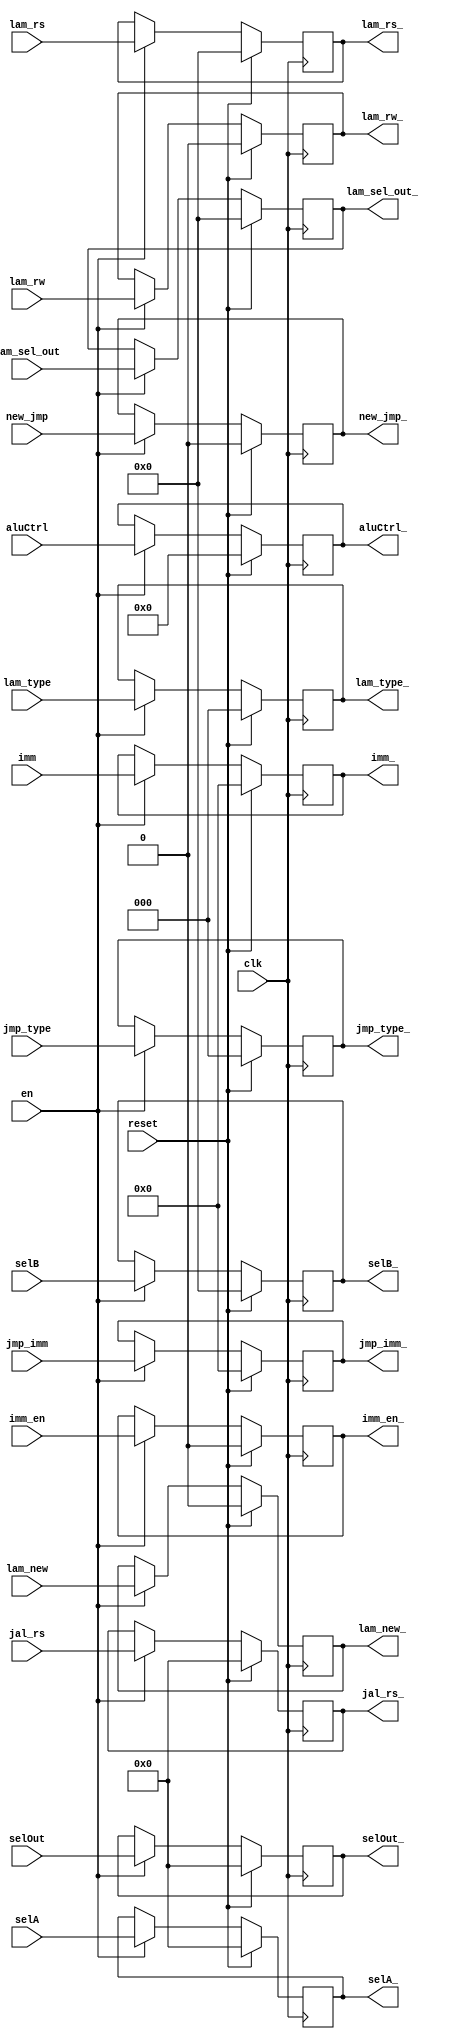
module latchDec(
input wire clk, 
input wire en,
input wire reset,				// reset sincronico con clk
input wire [9:0] aluCtrl,  
input wire [31:0] imm,
input wire [5:0] selA,     
input wire [4:0] selB,
input wire [5:0] selOut,
input wire imm_en,
input wire [2:0] jmp_type,
input wire [31:0] jmp_imm,
input wire new_jmp,
input wire [5:0] jal_rs,
input wire lam_new,
input wire lam_rw,
input wire [2:0] lam_type,
input wire [4:0] lam_rs,
input wire [4:0] lam_sel_out,

output reg [31:0] imm_,
output reg imm_en_,
output reg [9:0] aluCtrl_,
output reg [5:0] selA_,      
output reg [4:0] selB_,
output reg [5:0] selOut_,
output reg [2:0] jmp_type_,
output reg [31:0] jmp_imm_,
output reg new_jmp_,
output reg [5:0] jal_rs_,
output reg lam_new_,
output reg lam_rw_,
output reg [2:0] lam_type_,
output reg [4:0] lam_rs_,
output reg [4:0] lam_sel_out_
);



always @(posedge clk) begin
	if (reset) begin
		imm_ <= 0;
		imm_en_ <= 0; 
		aluCtrl_ <= 0;
		selA_ <= 0;
		selB_ <= 0;
		selOut_ <= 0;
		jmp_type_ <= 0;
		jmp_imm_ <= 0;
		new_jmp_ <= 0;
		jal_rs_ <= 0;
		lam_new_ <= 0;
		lam_rw_ <= 0;
    	lam_type_ <= 0;
    	lam_rs_ <= 0;
    	lam_sel_out_ <= 0;
	end
	else if (en) begin
		imm_ <= imm;
		imm_en_ <= imm_en; 
		aluCtrl_ <= aluCtrl;
		selA_ <= selA;
		selB_ <= selB;
		selOut_ <= selOut;
		jmp_type_ <= jmp_type;
		jmp_imm_ <= jmp_imm;
		new_jmp_ <= new_jmp;
		jal_rs_ <= jal_rs;
		lam_new_ <= lam_new;
		lam_rw_ <= lam_rw;
    	lam_type_ <= lam_type;
    	lam_rs_ <= lam_rs;
    	lam_sel_out_ <= lam_sel_out;

    end
end

endmodule